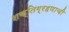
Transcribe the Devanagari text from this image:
शक्तिग्रहणाची